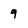
Character: 9